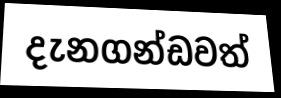
දැනගන්ඩවත්